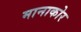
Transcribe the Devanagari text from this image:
मानाकोर